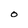
Character: O